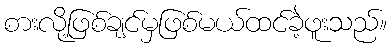
စားလို့ဖြစ်ချင်မှဖြစ်မယ်ထင်ခဲ့ဖူးသည်။